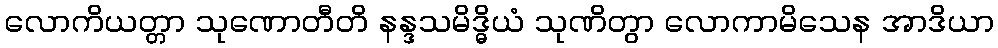
လောကိယတ္တာ သုဏောတီတိ နန္ဒသမိဒ္ဓိယံ သုဏိတွာ လောကာမိသေန အာဒိယာ